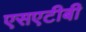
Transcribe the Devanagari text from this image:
एसएटीबी